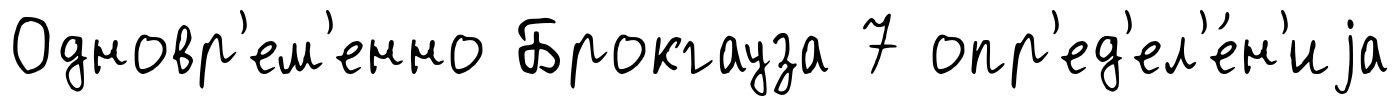
Одновр'ем'енно Брокгауза 7 опр'ед'ел'е́н'иjа